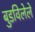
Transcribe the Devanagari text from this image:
बुडविलेले